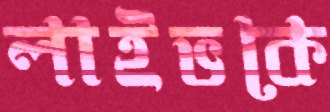
লাইভকে